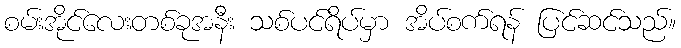
စမ်းအိုင်လေးတစ်ခုအနီး သစ်ပင်ရိပ်မှာ အိပ်စက်ရန် ပြင်ဆင်သည်။